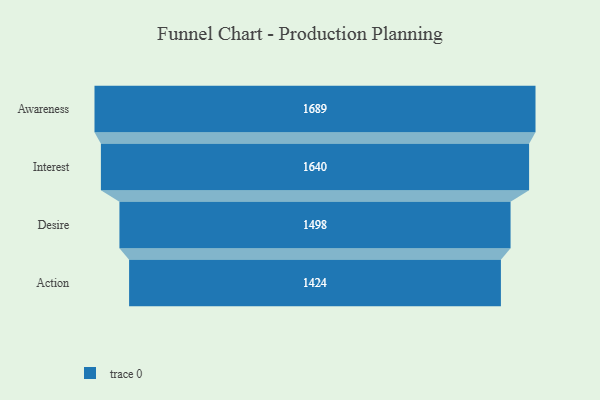
{"axis": {"x": "Stage", "y": "Value"}, "legend": [""], "data": [{"x": "Awareness", "y": 1689.0, "type": ""}, {"x": "Interest", "y": 1640.0, "type": ""}, {"x": "Desire", "y": 1498.0, "type": ""}, {"x": "Action", "y": 1424.0, "type": ""}]}